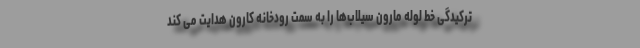
ترکیدگی خط لوله مارون سیلاب‌ها را به سمت رودخانه کارون هدایت می کند